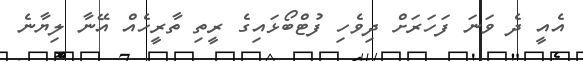
އެއީ ދެ ވަނަ ފަހަރަށް ދިވެހި ފުޓްބޯޅައިގެ ރީތި ތާރީހެއް އޭނާ ލިޔާނެ